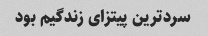
سردترین پیتزای زندگیم بود